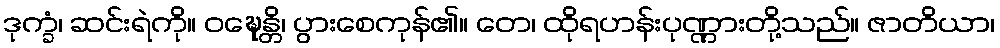
ဒုက္ခံ၊ ဆင်းရဲကို။ ဝဍ္ဎေန္တိ၊ ပွားစေကုန်၏။ တေ၊ ထိုရဟန်းပုဏ္ဏားတို့သည်။ ဇာတိယာ၊